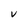
Character: V